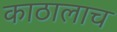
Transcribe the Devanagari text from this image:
काठालाच